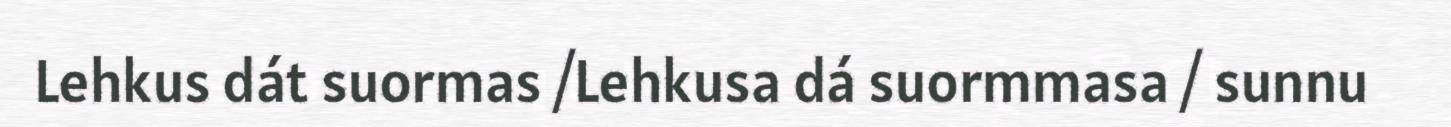
Lehkus dát suormas /Lehkusa dá suormmasa / sunnu